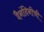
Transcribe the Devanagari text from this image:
दैनंदिनीची